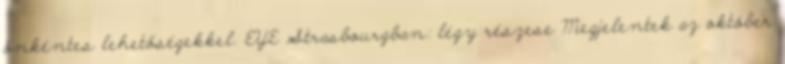
önkéntes lehetőségekkel. EYE Strasbourgban: légy részese Megjelentek az október